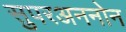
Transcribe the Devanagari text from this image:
सुपरअननोन